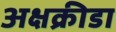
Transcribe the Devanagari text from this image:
अक्षक्रीडा